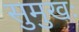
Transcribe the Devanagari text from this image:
सुमुखः